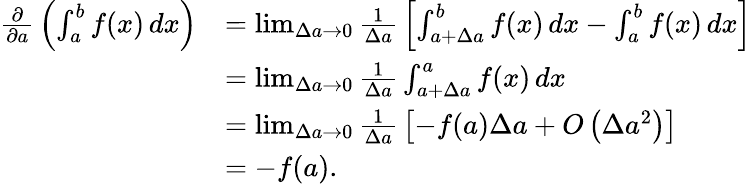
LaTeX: {\begin{array}{rl}{{\frac{\partial}{\partial a}}\left(\int_{a}^{b}f(x)\, dx\right)}&{=\operatorname*{lim}_{\Delta a\to 0}{\frac{1}{\Delta a}}\left[\int_{a+\Delta a}^{b}f(x)\, dx-\int_{a}^{b}f(x)\, dx\right]}\\ &{=\operatorname*{lim}_{\Delta a\to 0}{\frac{1}{\Delta a}}\int_{a+\Delta a}^{a}f(x)\, dx}\\ &{=\operatorname*{lim}_{\Delta a\to 0}{\frac{1}{\Delta a}}\left[-f(a)\Delta a+O\left(\Delta a^{2}\right)\right]}\\ &{=-f(a).}\end{array}}